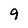
Character: 9